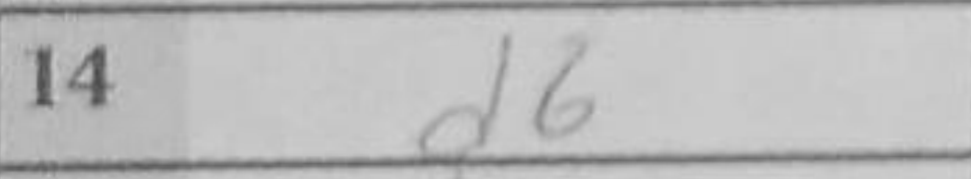
Transcription: d6